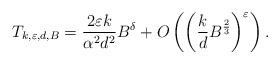
LaTeX: \begin{align*}T_{k,\varepsilon,d,B}= \frac{2\varepsilon k}{\alpha^2 d^2}B^\delta+O\left(\left(\frac{k}{ d}B^{\frac{2}{3}}\right)^\varepsilon\right).\end{align*}